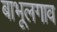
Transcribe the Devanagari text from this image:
बाभूलगाव